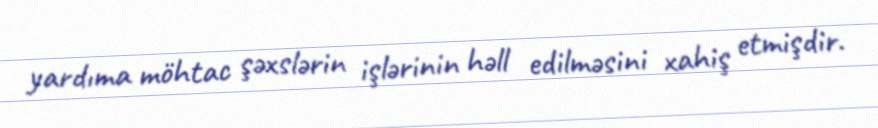
yardıma möhtac şəxslərin işlərinin həll edilməsini xahiş etmişdir.